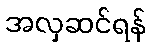
အလှဆင်ရန်